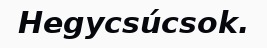
Hegycsúcsok.